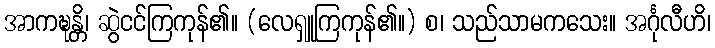
အာကဍ္ဎန္တိ၊ ဆွဲငင်ကြကုန်၏။ (လေရှူကြကုန်၏။) စ၊ သည်သာမကသေး။ အင်္ဂုလီဟိ၊